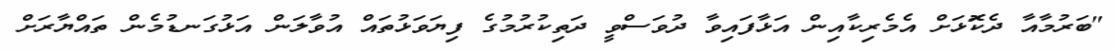
"ބަރުމާއާ ދެކޮަޅަށް އެމެރިކާއިން އަޅާފައިވާ ދުވަސްވީ ދަތިކުރުމުގެ ފިޔަވަޅުތައް އުވާލަން އަޅުގަނޑުމެން ތައްޔާރަށް